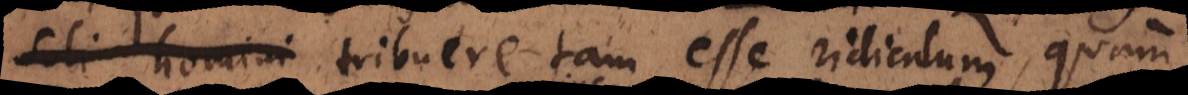
sive animam tribuere tam esse ridiculum, quam